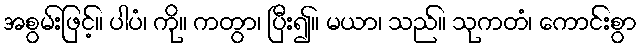
အစွမ်းဖြင့်။ ပါပံ၊ ကို။ ကတွာ၊ ပြီး၍။ မယာ၊ သည်။ သုကတံ၊ ကောင်းစွာ